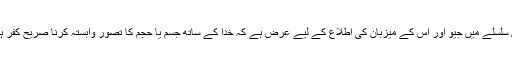
اس سلسلے میں جیو اور اس کے میزبان کی اطلاع کے لیے عرض ہے کہ خدا کے ساتھ جسم یا حجم کا تصور وابستہ کرنا صریح کفر ہے۔